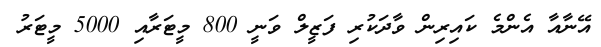
އޭނާއާ އެންމެ ކައިރިން ވާދަކުރި ފަޒީލް ވަނީ 800 މީޓަރާއި 5000 މީޓަރު